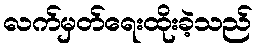
လက်မှတ်ရေးထိုးခဲ့သည်